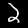
Label: 2